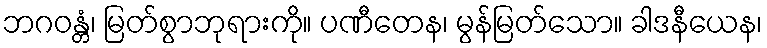
ဘဂဝန္တံ၊ မြတ်စွာဘုရားကို။ ပဏီတေန၊ မွန်မြတ်သော။ ခါဒနီယေန၊